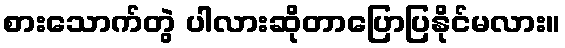
စားသောက်တွဲ ပါလားဆိုတာပြောပြနိုင်မလား။